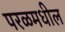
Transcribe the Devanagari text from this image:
परळमधील